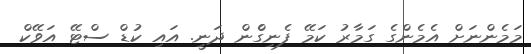
މަމެންނަށް އެމެންގެ ގަމާރު ކަމޭ ފެނިގެްން ދަނީ. އައި ކުޑް ސްޓޭ އަވޭކް